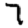
Digit: 7